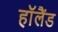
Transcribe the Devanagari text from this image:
हाॅलैंड